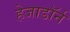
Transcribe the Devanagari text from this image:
हेजाडॉर्न